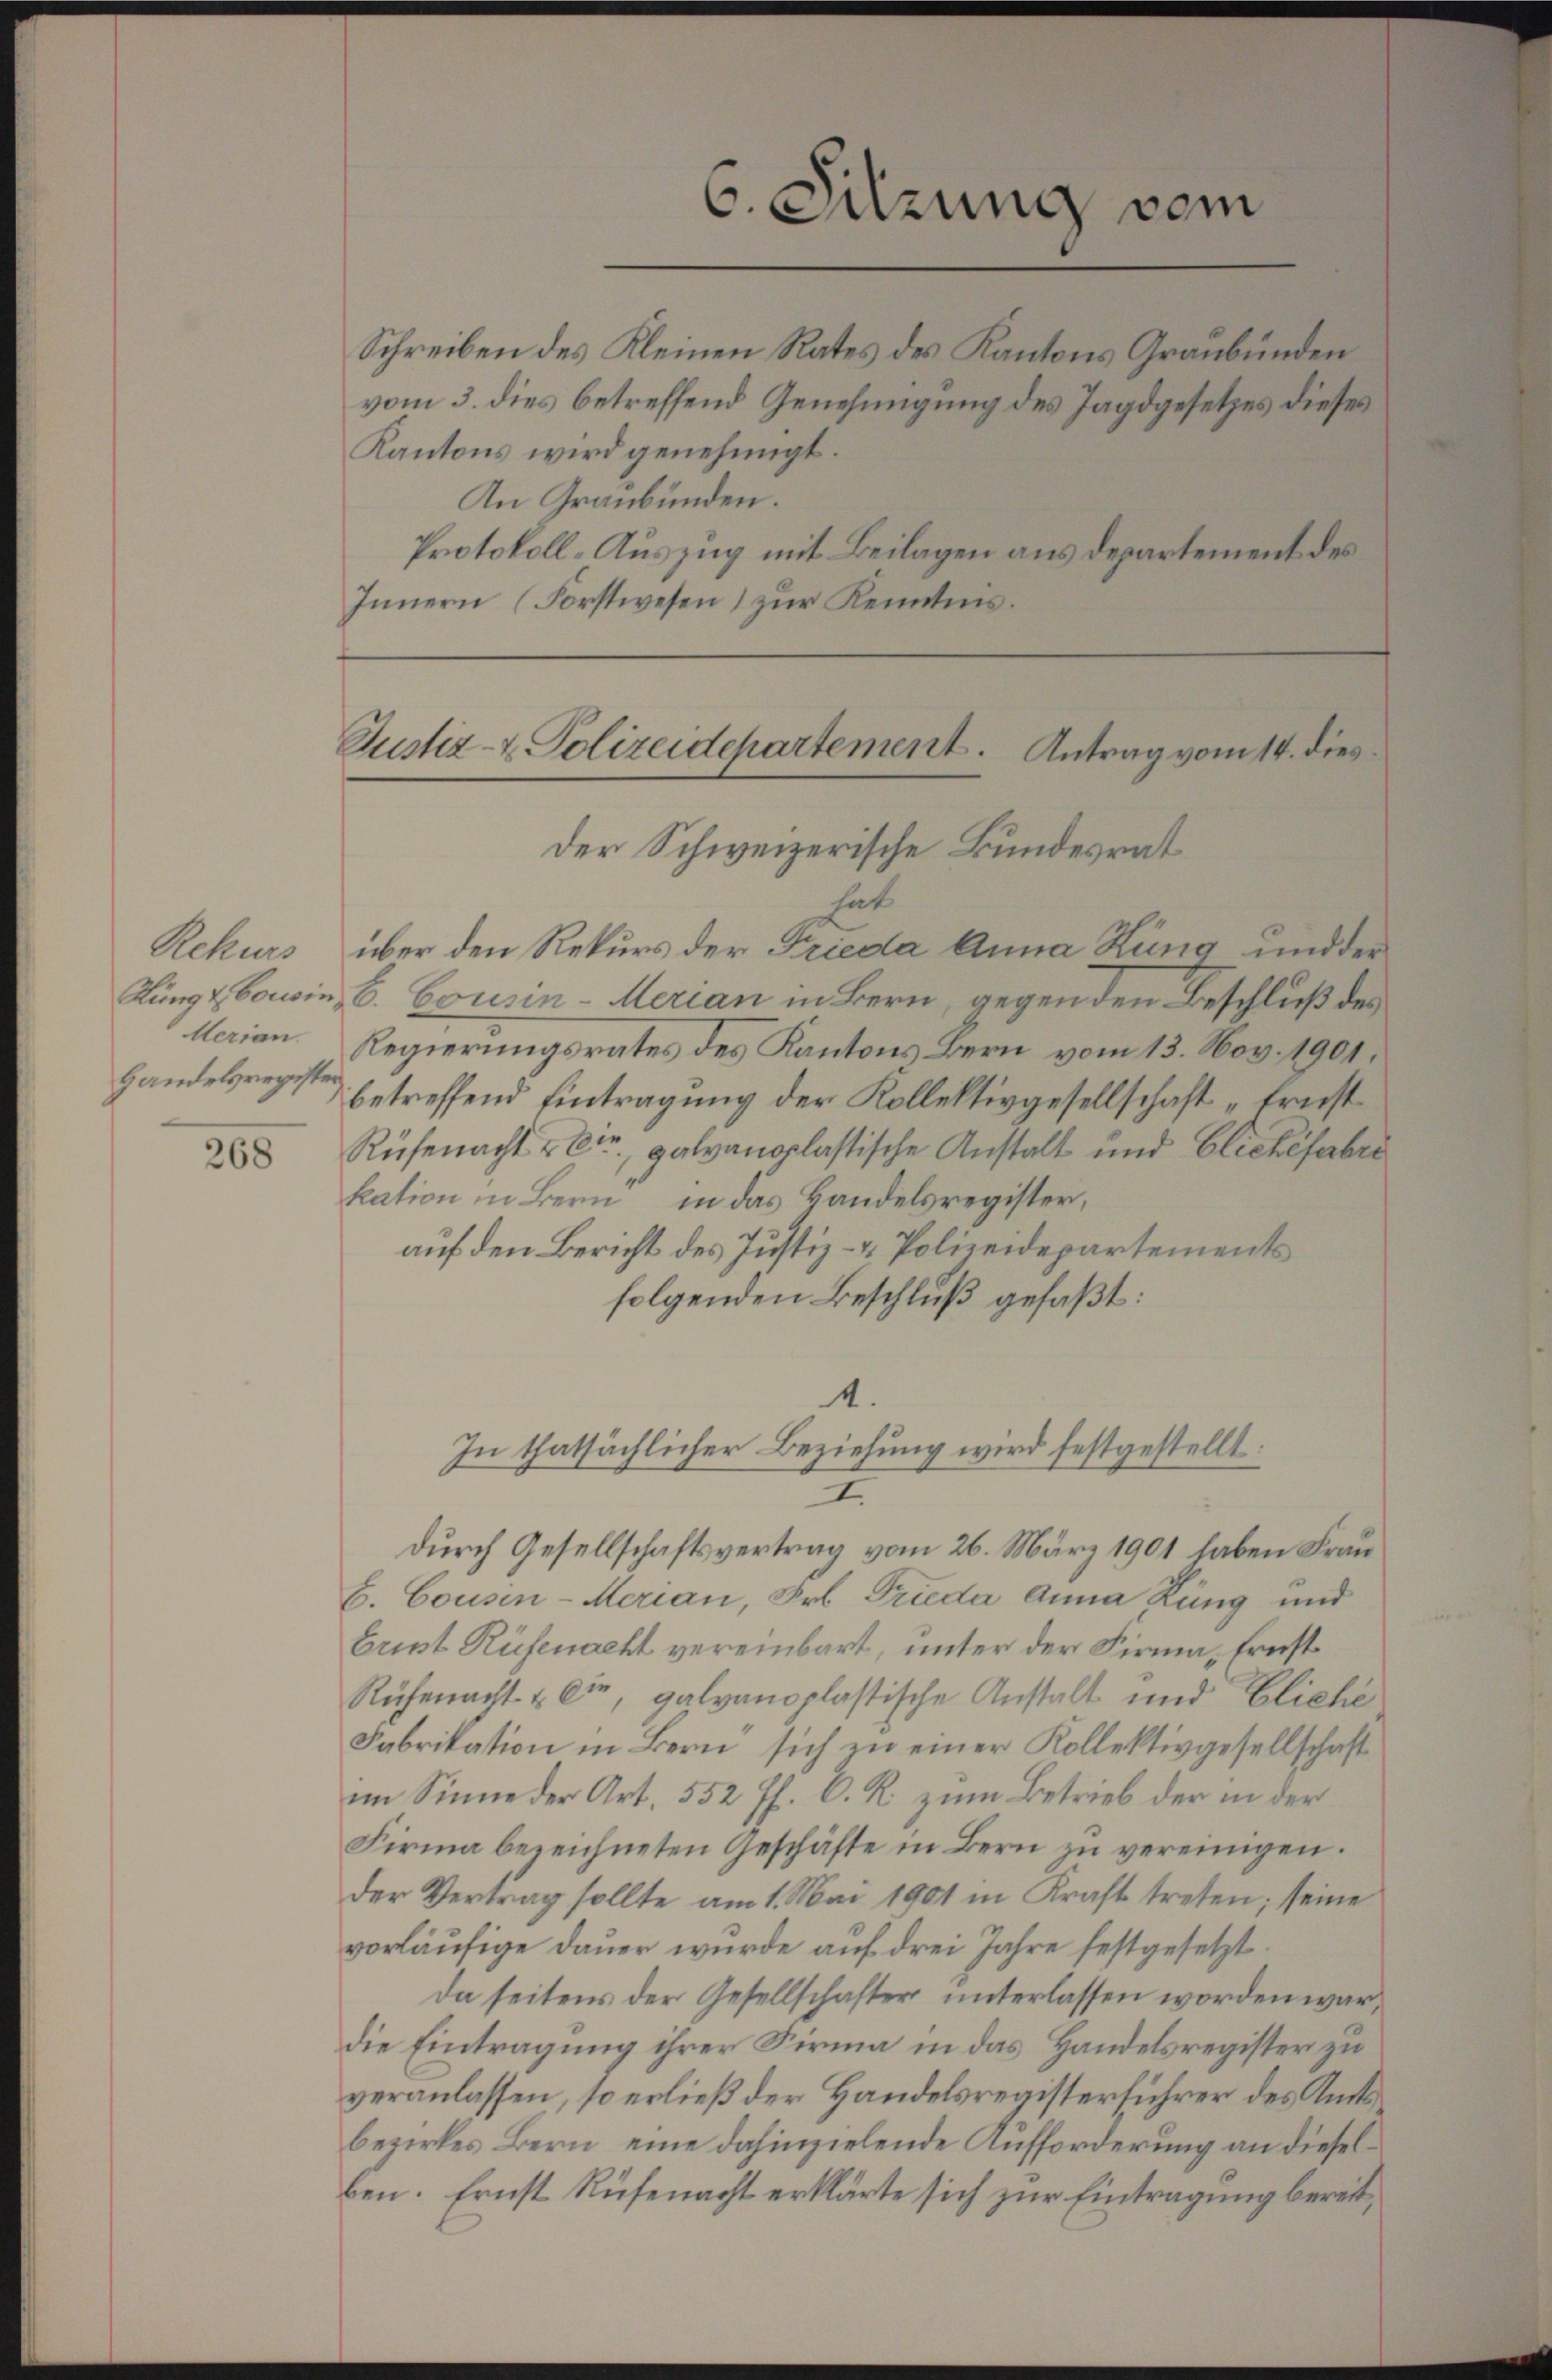
Rekurs
Aerian.
Handelsregister

268

C. Sitzung vom

Schreiben des Kleinen Rates des Kantons Graubünden
vom 3. dies betreffend Genehmigung des Jagdgesetzes dieses
Kantons wird genehmigt.
An Graubünden.
Protokoll-Auszug mit Beilagen aus Departement des
Innern (Forstwesen) zur Kenntnis.

Der Schweizerische Bundesrat
hat
über den Rekurs der Frieda Anna Rung und der
Kungz Cawin, C. Cousin-Merian in Bern, gegen den Beschluß des
Regierungsrates des Kantons Bern vom 13. Nov. 1901.
betreffend Eintragung der Kollektivgesellschaft „Ernst
Rüfenacht u Dir. galvanolastische Anstalt und Blickefabri
kation in Bern in das Handelsregister,
auf den Bericht des Justiz- & Polizeidepartements
folgenden Beschluß gefaßt:
4.
I.
durch Gesellschaftsvertrag vom 26. März 1901 haben Frau
b. Cousin-Merian, Frl. Frieda Anna Rang und
brust Rüfenacht vereinbart, unter der Firma. Ernst
Rüfenacht & Cie, galvanoplastische Anstalt und Eliche
Fabrikation in Bern sich zu einer Kollektivgesellschaft
im Sinne der Art. 552 ff. C. R. zum Betrieb der in der
Firma bezeichneten Geschäfte in Bern zu vereinigen.
der Vertrag sollte am 1. Mai 1901 in Kraft treten; seine
vorläufige dauer wurde auf drei Jahre festgesetzt.
Da seitens der Gesellschafter unterlassen worden war,
die Eintragung ihrer Firma in das Handelsregister zu
veranlassen, so erließ der Handelsregisterführer des Amtsbezirkes Bern eine dahinzielende Aufforderung an dieselben. Ernst Rüfenacht erklärte sich zur Eintragung bereit¬

Justiz- & Polizeidepartement. Antrag vom 14. dies

In thatsächlicher Beziehung wird festgestellt: